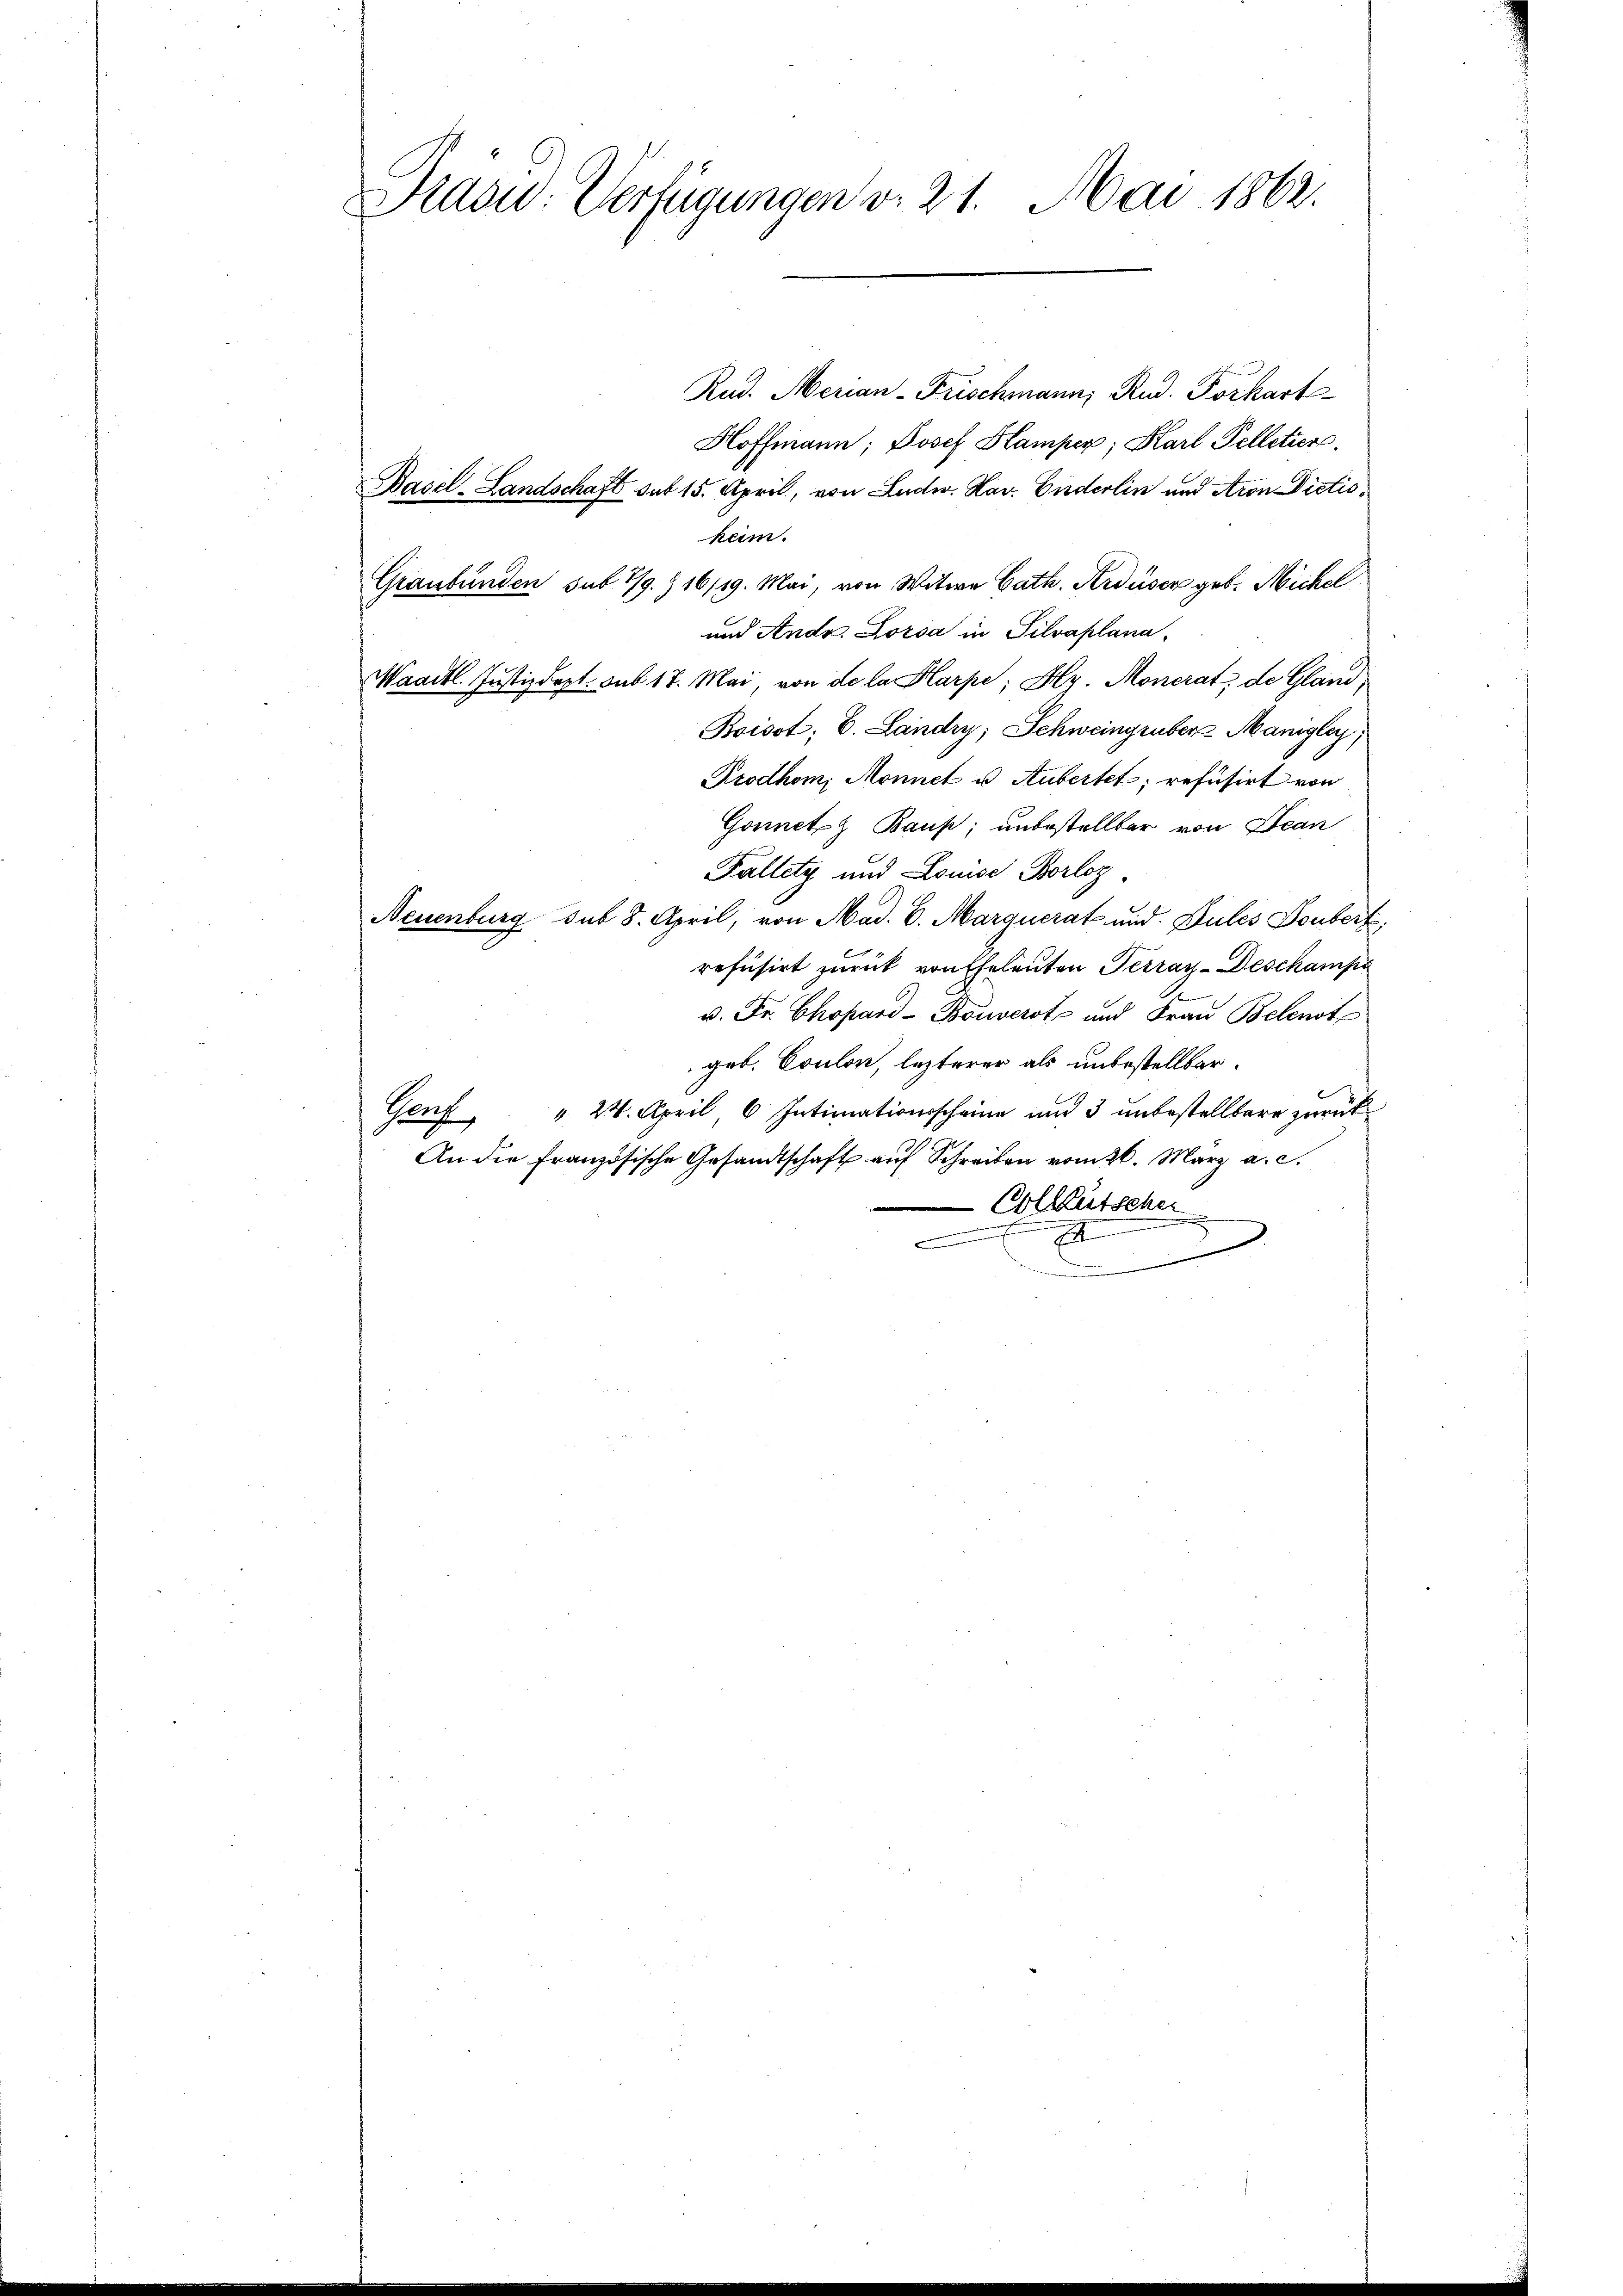
Stasu: Verfügungen v. 21. Mai 1862.

Rud. Merian-Frischmann, Rud. Pockart
Hoffmann, Josef Klamper, Karl Pelletier
Basel-Landschaft sub 15. April, von Ludw. Hav. Enderlin und Aron Dictiokeim.
Graubünden sub 7/9. & 16/19. Mai, von Witwe Cath. Krdüser geb. Michel
und Andr. Lorda in Silvaplana-
Maaitl. Justizdept. sub 17. Mai, von de la Klarpe; Hr. Monerat de Gland,
Boisot; E. Landry, Schweingruber Manigley
Prodhom, Monnet u. Aubertet; refusirt von
Gonnetz Baus; unbestellter von Jean
Fallety und Louise Borloz
Neuenburg sub 8. April, von Mad. 6. Marquerat und Dules Doubert,
refüsirt zurück von Eheleuten Terray-Deschampa
u. Fr. Chopard-Bouverst und Frau Belenst
geb. Coulon, lezterer als unbestellbar¬
Genf " 24. April 6 Intimationsscheine und 3 unbestellbare zurück¬
An die französische Gesandtschaft auf Schreiben vom 26. März a. c.
Colleütscher
e
n
I
.
.
.